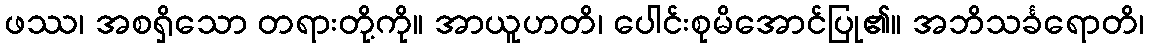
ဖဿ၊ အစရှိသော တရားတို့ကို။ အာယူဟတိ၊ ပေါင်းစုမိအောင်ပြု၏။ အဘိသင်္ခရောတိ၊